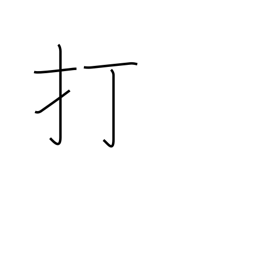
Meaning: knock